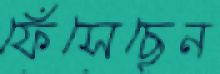
ফেঁসেছেন